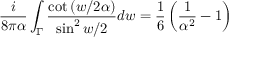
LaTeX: { \frac { i } { 8 \pi \alpha } } \int _ { \Gamma } { \frac { \cot \left( { w / 2 \alpha } \right) } { \sin ^ { 2 } w / 2 } } d w = \frac 1 6 \left( { \frac { 1 } { \alpha ^ { 2 } } } - 1 \right)